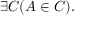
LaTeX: \exists C ( A \in C ) .